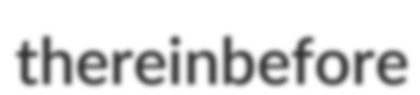
thereinbefore